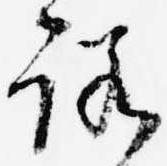
諾